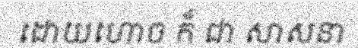
ដោយហោច ក៏ ជា សាសនា